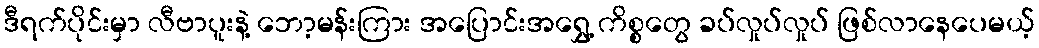
ဒီရက်ပိုင်းမှာ လီဗာပူးနဲ့ ဘော့မန်းကြား အပြောင်းအရွှေ့ ကိစ္စတွေ ခပ်လှုပ်လှုပ် ဖြစ်လာနေပေမယ့်